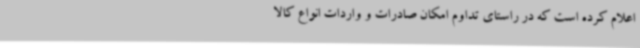
اعلام کرده است که در راستای تداوم امکان صادرات و واردات انواع کالا